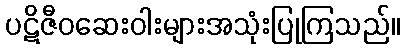
ပဋိဇီဝဆေးဝါးများအသုံးပြုကြသည်။